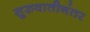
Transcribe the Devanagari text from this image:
सुरुवातीनंतर